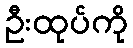
ဦးထုပ်ကို